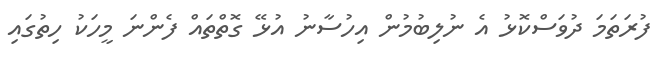
ފުރަތަމަ ދުވަސްކޮޅު އެ ނުލިބުމުން އިހުސާނު އުޅޭ ގޮތްތައް ފެންނަ މީހަކު ހިތުގައި